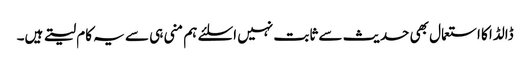
ڈالڈا کا استعمال بھی حدیث سے ثابت نہیں اسلئے ہم منی ہی سے یہ کام لیتے ہیں۔